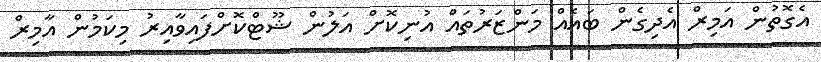
އެގޮތުން އަމިރް އެދިގެން ބައެއް މަންޒަރުތައް އުނިކޮށް އަލުން ޝޫޓްކޮށްފައިވާއިރު މިކަމުން އާމިރް